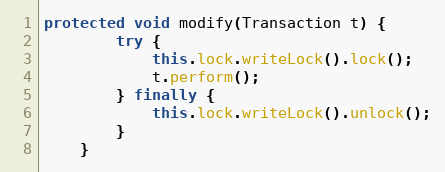
Language: Java
protected void modify(Transaction t) {
        try {
            this.lock.writeLock().lock();
            t.perform();
        } finally {
            this.lock.writeLock().unlock();
        }
    }